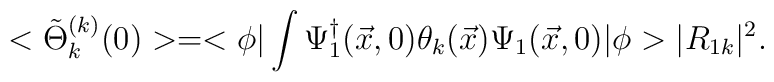
<\tilde{\Theta}_{k}^{(k)} (0)> = <\phi|\int \Psi_{1}^{\dagger} (\vec{x},0)\theta_{k}(\vec{x}) \Psi_{1}(\vec{x},0) |\phi> |R_{1k}|^2.